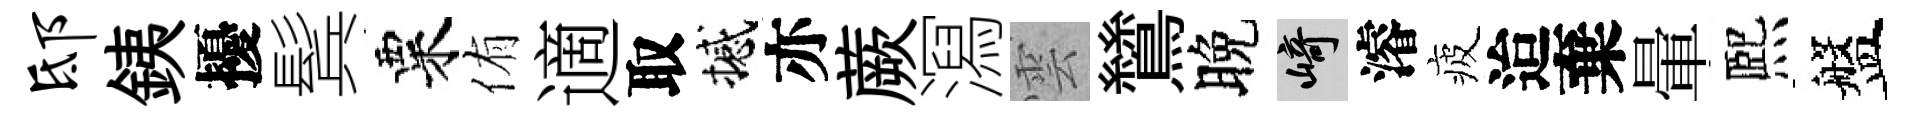
邸銕擾鬂粟侑適取撼亦蕨㵼雲鷥晚崎濬疲迨棄暈熈盤